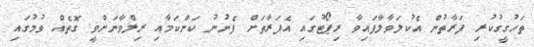
ތަހުގީގުކުރި ފަރާތުން އެކުލަވާލާފައިވާ ރިޕޯޓުގައި އެފަރާތަށް ފެނުނު ކަންކަމާއި ރިލްވާނަށްވީ ގޮތެއް ވުމުގައި